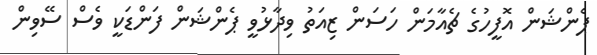
ޕެންޝަން އޮފީހުގެ ޗެއާމަން ހަސަން ޒިއަތު ވިދާޅުވީ ޕެންޝަން ފަންޑަކީ ވެސް ސޭވިން